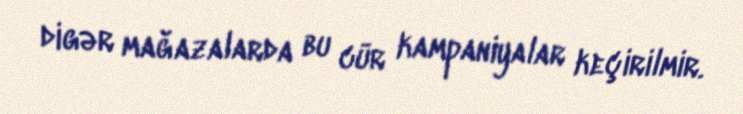
digər mağazalarda bu cür kampaniyalar keçirilmir.